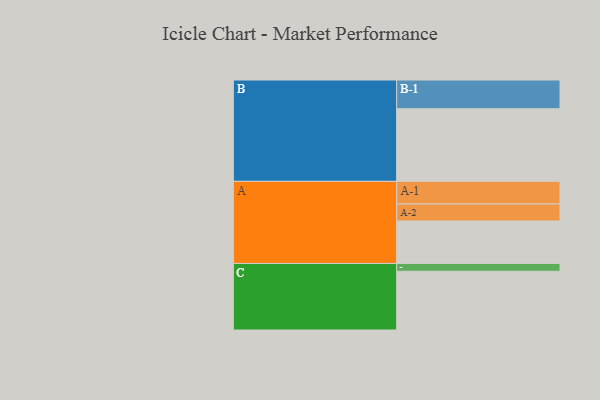
{"axis": {"x": "Segment", "y": "Value"}, "legend": ["", "A", "B", "C"], "data": [{"x": "A", "y": 344, "type": ""}, {"x": "B", "y": 588, "type": ""}, {"x": "C", "y": 476, "type": ""}, {"x": "A-1", "y": 183, "type": "A"}, {"x": "A-2", "y": 138, "type": "A"}, {"x": "B-1", "y": 233, "type": "B"}, {"x": "C-1", "y": 63, "type": "C"}]}